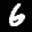
Label: 6